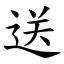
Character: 送